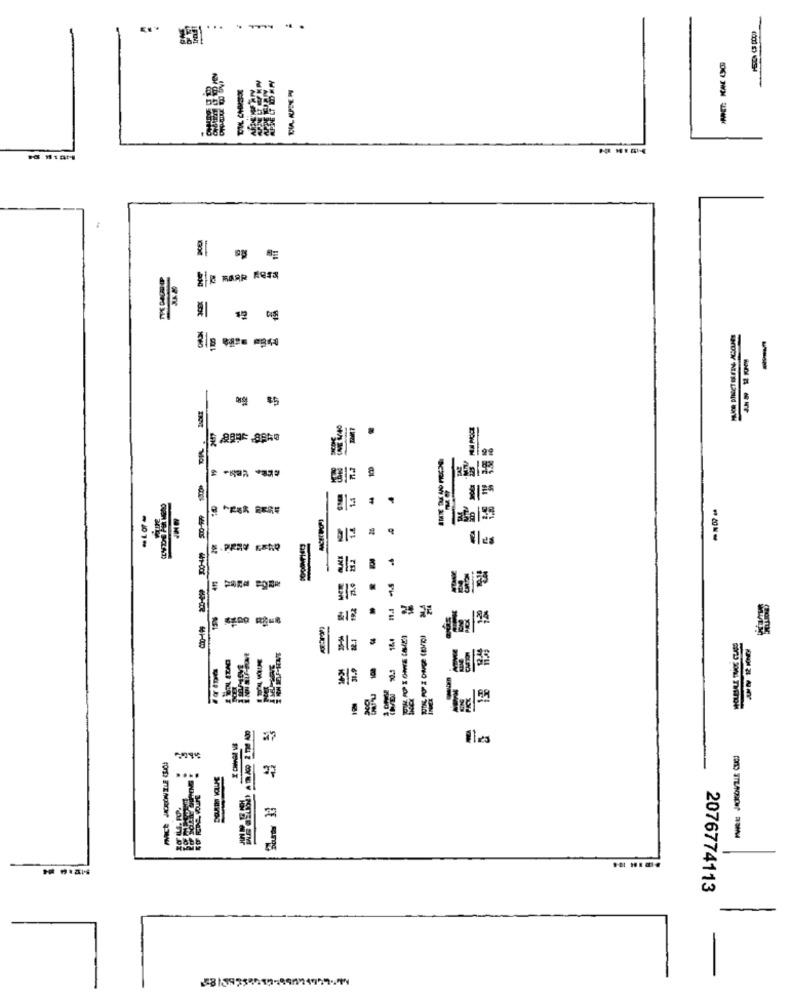
ZI BARR ERES
-
85
iles
1es
B 1
ASI
....
...
2076774113